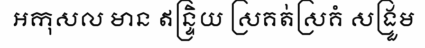
អកុសល មាន ឥន្ទ្រិយ ស្រគត់ស្រគំ សង្រួម